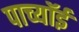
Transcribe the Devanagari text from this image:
पाच्यॉई